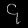
Digit: ၄